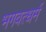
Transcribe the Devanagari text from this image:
भगवत्धर्म